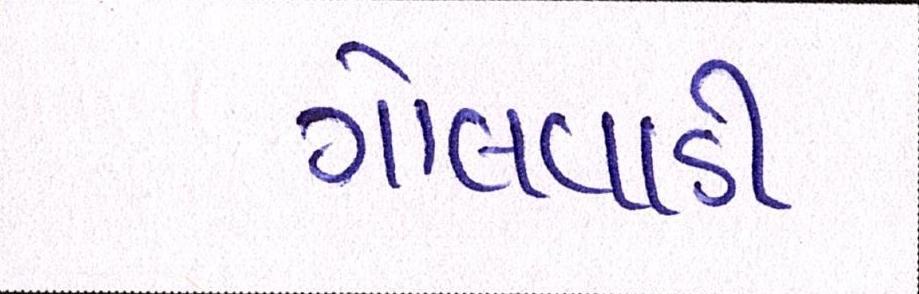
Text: ગોલવાડી